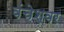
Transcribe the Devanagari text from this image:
वंचेश्वर